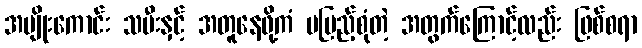
အမျိုးကောင်း သမီးနှင့် အတူနေဖို့ကံ မပြည့်စုံတဲ့ အတွက်ကြောင့်လည်း ဖြစ်စရာ